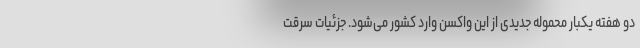
دو هفته یکبار محموله جدیدی از این واکسن وارد کشور می‌شود. جزئیات سرقت